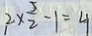
2 \times \frac { 5 } { 2 } - 1 = 4